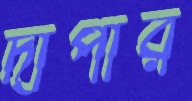
দীপার